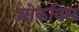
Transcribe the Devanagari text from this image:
ब्रोकविल